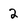
Character: 2